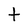
Character: t